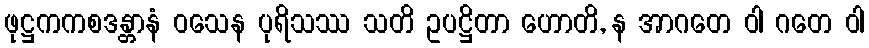
ဖုဋ္ဌကကစဒန္တာနံ ဝသေန ပုရိသဿ သတိ ဥပဋ္ဌိတာ ဟောတိ, န အာဂတေ ဝါ ဂတေ ဝါ